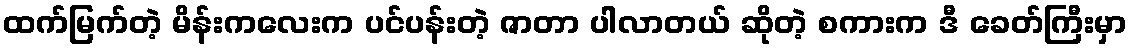
ထက်မြက်တဲ့ မိန်းကလေးက ပင်ပန်းတဲ့ ဇာတာ ပါလာတယ် ဆိုတဲ့ စကားက ဒီ ခေတ်ကြီးမှာ